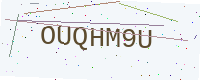
Text: OUQHM9U